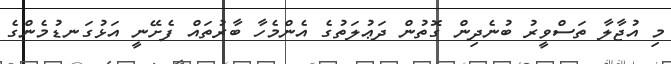
މި އުޖާލާ ތަސްވީރު ބުނެދިން ގޮތުން ދަޢުލަތުގެ އެންމެހާ ބާރުތައް ފެށޭނީ އަޅުގަނޑުމެންގެ